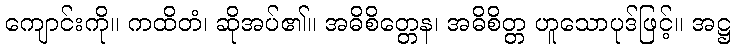
ကျောင်းကို။ ကထိတံ၊ ဆိုအပ်၏။ အဓိစိတ္တေန၊ အဓိစိတ္တ ဟူသောပုဒ်ဖြင့်။ အဋ္ဌ